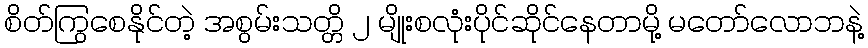
စိတ်ကြွစေနိုင်တဲ့ အစွမ်းသတ္တိ ၂ မျိုးစလုံးပိုင်ဆိုင်နေတာမို့ မတော်လောဘနဲ့